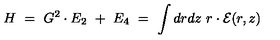
H \ = \ G ^ { 2 } \cdot E _ { 2 } \ + \ E _ { 4 } \ = \ \int d r d z \ r \cdot { \cal E } ( r , z )